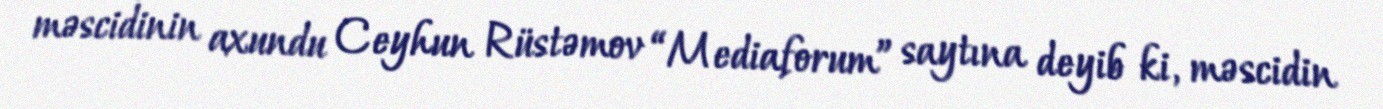
məscidinin axundu Ceyhun Rüstəmov “Mediaforum” saytına deyib ki, məscidin